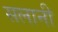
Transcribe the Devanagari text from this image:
सलानी